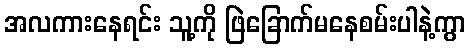
အလကားနေရင်း သူ့ကို ဖြဲခြောက်မနေစမ်းပါနဲ့ကွာ